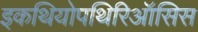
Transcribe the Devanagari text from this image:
इकथियोपथिरिऑसिस